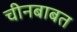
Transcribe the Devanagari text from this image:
चीनबाबत